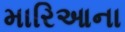
મારિઆના